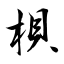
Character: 梖